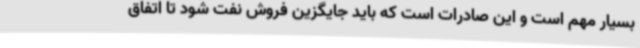
بسیار مهم است و این صادرات است که باید جایگزین فروش نفت شود تا اتفاق